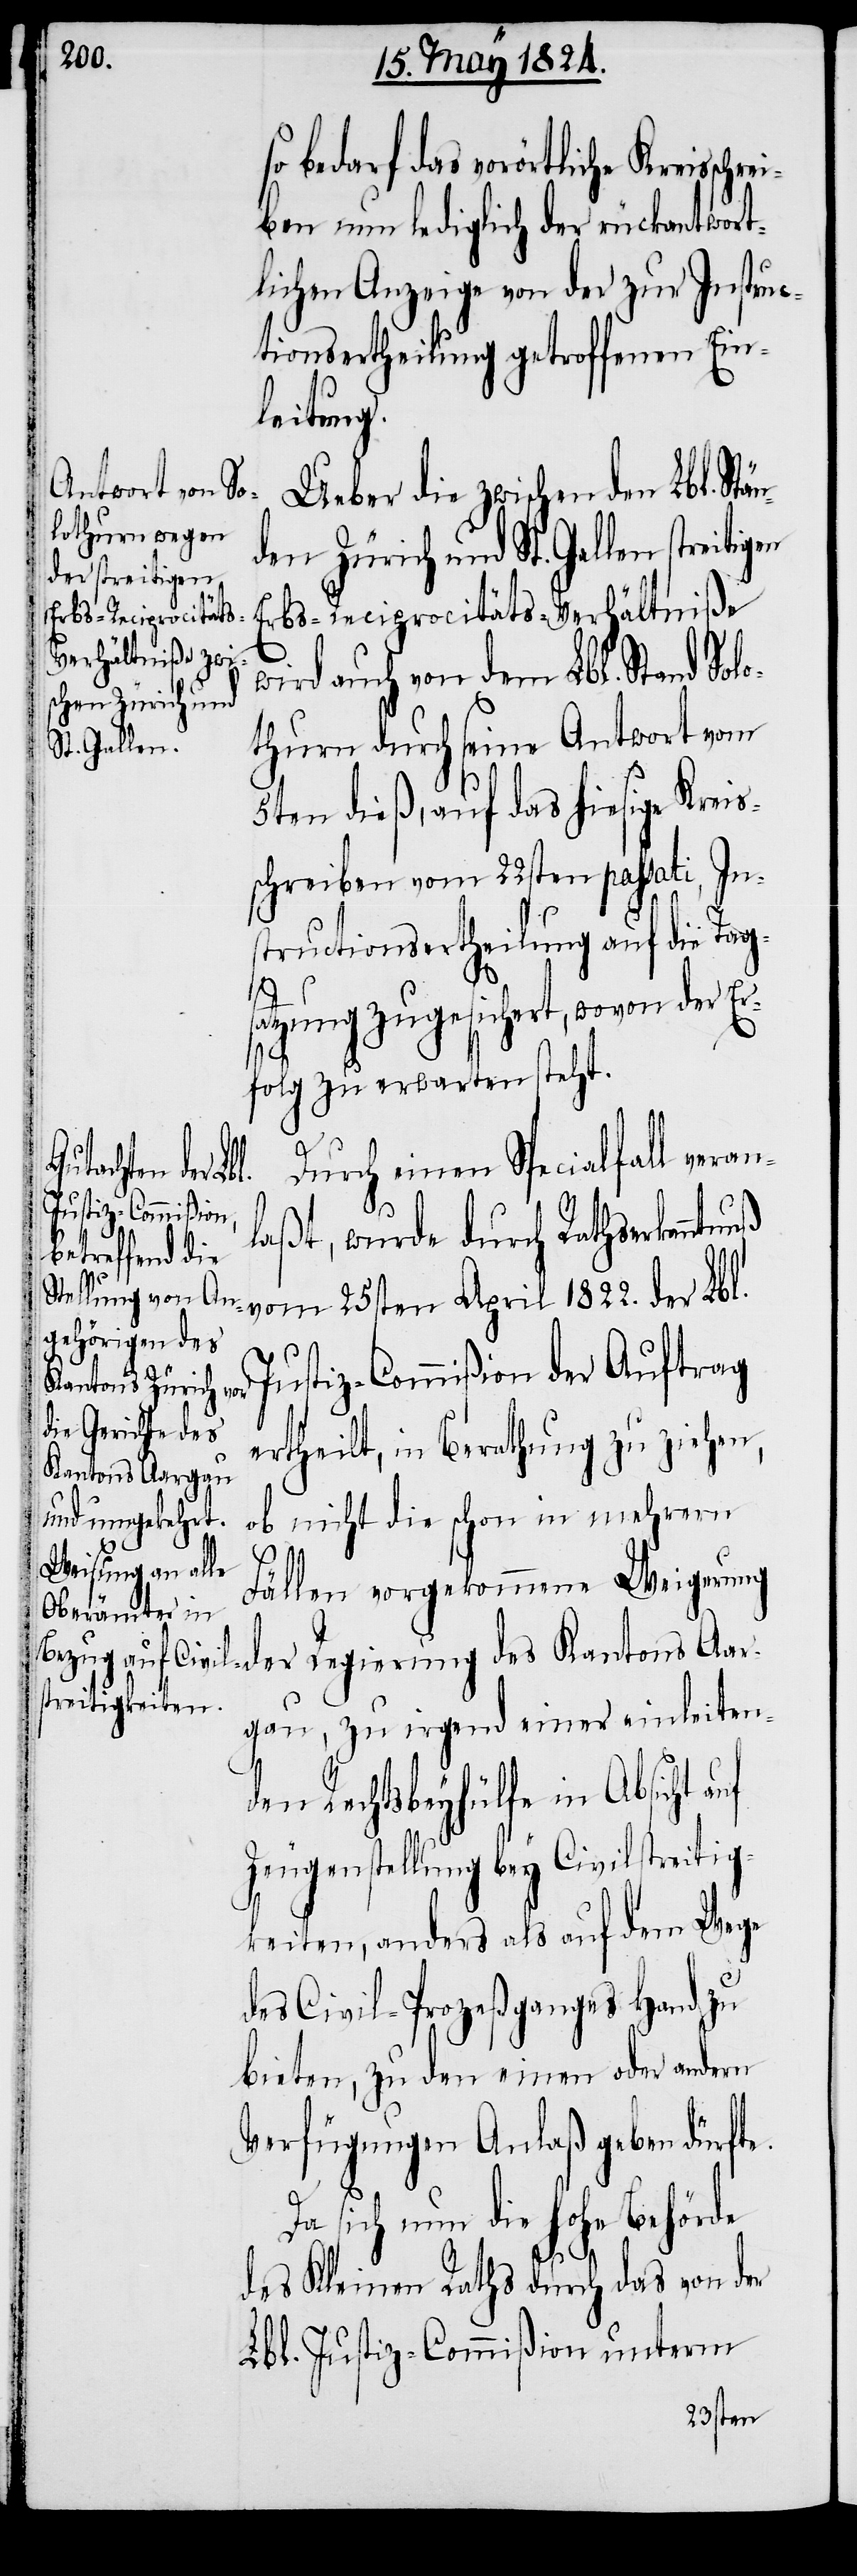
so bedarf das vorörtliche Kreisschr¬
eiben nun lediglich der rückantwort¬
lichen Anzeige von der zur Instruc¬
tionsertheilung getroffenen Ein¬
leitung.
Ueber die zwischen den Lbl. Stä¬
streitigen
Erbs-Reciprocitäts-Verhältniße
wird auch von dem Lbl. Stand Sol¬
nden Zürich und
othurn durch seine Antwort vom
St. Gallen
5ten dieß, auf das hiesige Kreis¬
schreiben vom 22sten passati, In¬
structionsertheilung auf die Tags¬
atzung zugesichert, wovon der Er¬
folg zu erwarten steht.
Durch einen Specialfall veran¬
laßt, wurde durch Rathserkann¬
tnuß vom 25sten April 1822. der Lbl.
Justiz-Commißion der Auftrag
ertheilt, in Berathung zu ziehen,
ob nicht die schon in mehrern
Fällen vorgekommene Weigerung
der Regierung des Kantons Aar¬
gau, zu irgend einer einleiten¬
den Rechtsbeyhälfte in Absicht auf
Zeugenstellung bey Civilstreitig¬
keiten, anders als auf dem Wege
des Civil-Prozeßganges Hand zu
bieten, zu den einen oder andern
Verfügungen Anlaß geben dürfte.
Da sich nun die hohe Behörde
des Kleinen Raths durch das von der
Lbl. Justiz-Commißion unterm